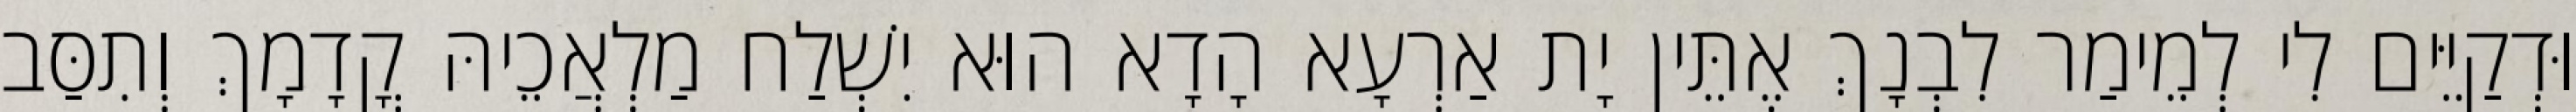
וּדְקַיֵּים לִי לְמֵימַר לִבְנָךְ אֶתֵּין יָת אַרְעָא הָדָא הוּא יִשְׁלַח מַלְאֲכֵיהּ קֳדָמָךְ וְתִסַּב